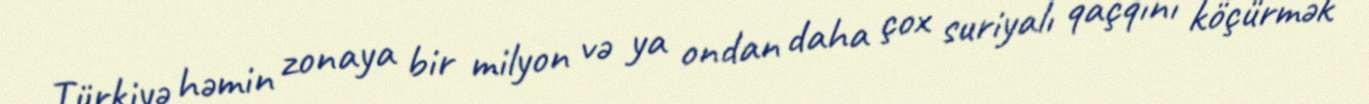
Türkiyə həmin zonaya bir milyon və ya ondan daha çox suriyalı qaçqını köçürmək